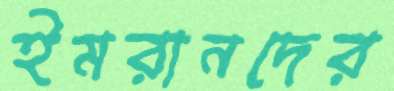
ইমরানদের